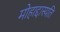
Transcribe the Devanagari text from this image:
मोहाद्दास्यति